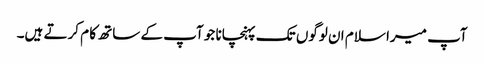
آپ میرا سلام ان لوگوں تک پہنچانا جو آپ کے ساتھ کا م کرتے ہیں۔